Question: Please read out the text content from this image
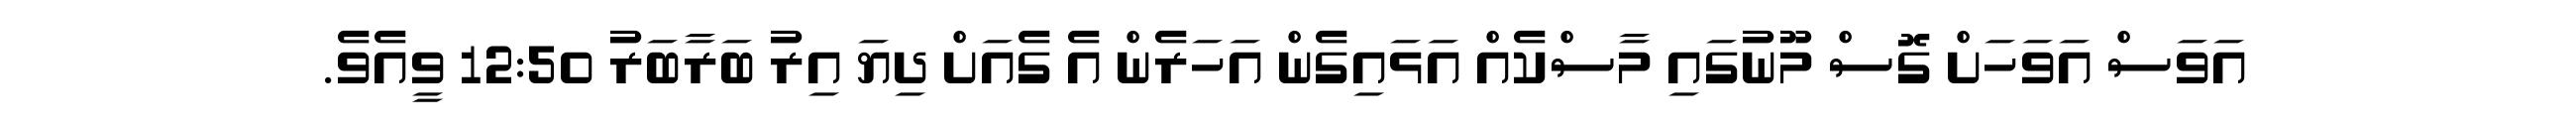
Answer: އަވަސް އަވަހަށް ގޮސް މޫނުގައި މާސްކެއް އަޅައިގެން އަހަރެން އެ ގެއަށް ދިޔަ އިރު ބަރާބަރު 12:50 ވީއެވެ.